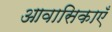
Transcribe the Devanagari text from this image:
आवासिकाएँ